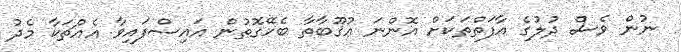
ނުން ވެސް ދުލުގެ އާފަތްތަކަށް އޮންނަ ޢުޤޫބާތާ ބެހޭގޮތުން އައިސްފައިވާ އެއްޗަކާ މެދު